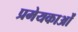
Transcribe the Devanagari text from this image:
प्रमेयकाओं